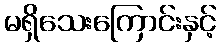
မရှိသေးကြောင်းနှင့်